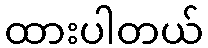
ထားပါတယ်